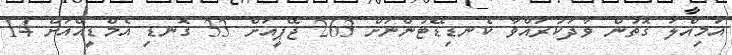
އަމިއްލަ ގޮތުން ވާދަކުރައްވާ ކެނޑިޑޭޓުންނަށް 263 ޖޭޕީއަށް 33 ގޮނޑި އެމްޑީއޭއަށް 14